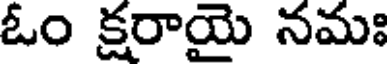
ఓం క్షరాయై నమః